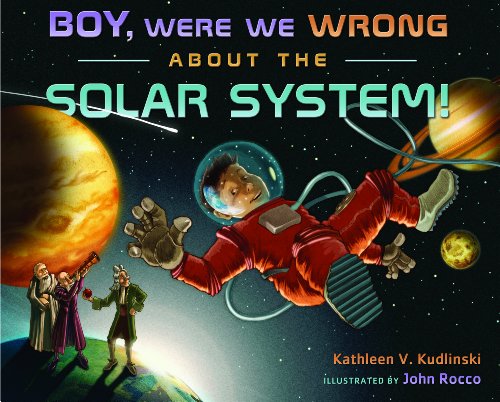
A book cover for Boy, Were We Wrong About the Solar System!; Kathleen V. Kudlinski; Science & Math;